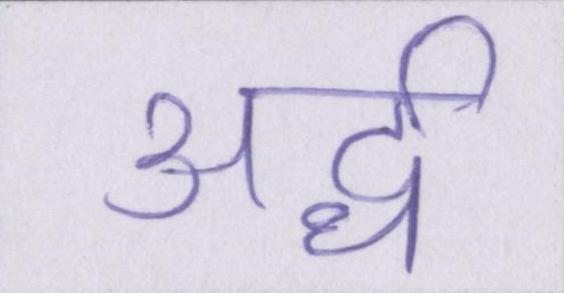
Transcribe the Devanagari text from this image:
अर्द्ध